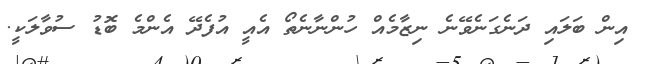
އިން ބަލައި ދަނެގަނެވޭނެ ނިޒާމެއް ހުންނާނެތޯ އެއީ އުފެދޭ އެންމެ ބޮޑު ސުވާލަކީ.